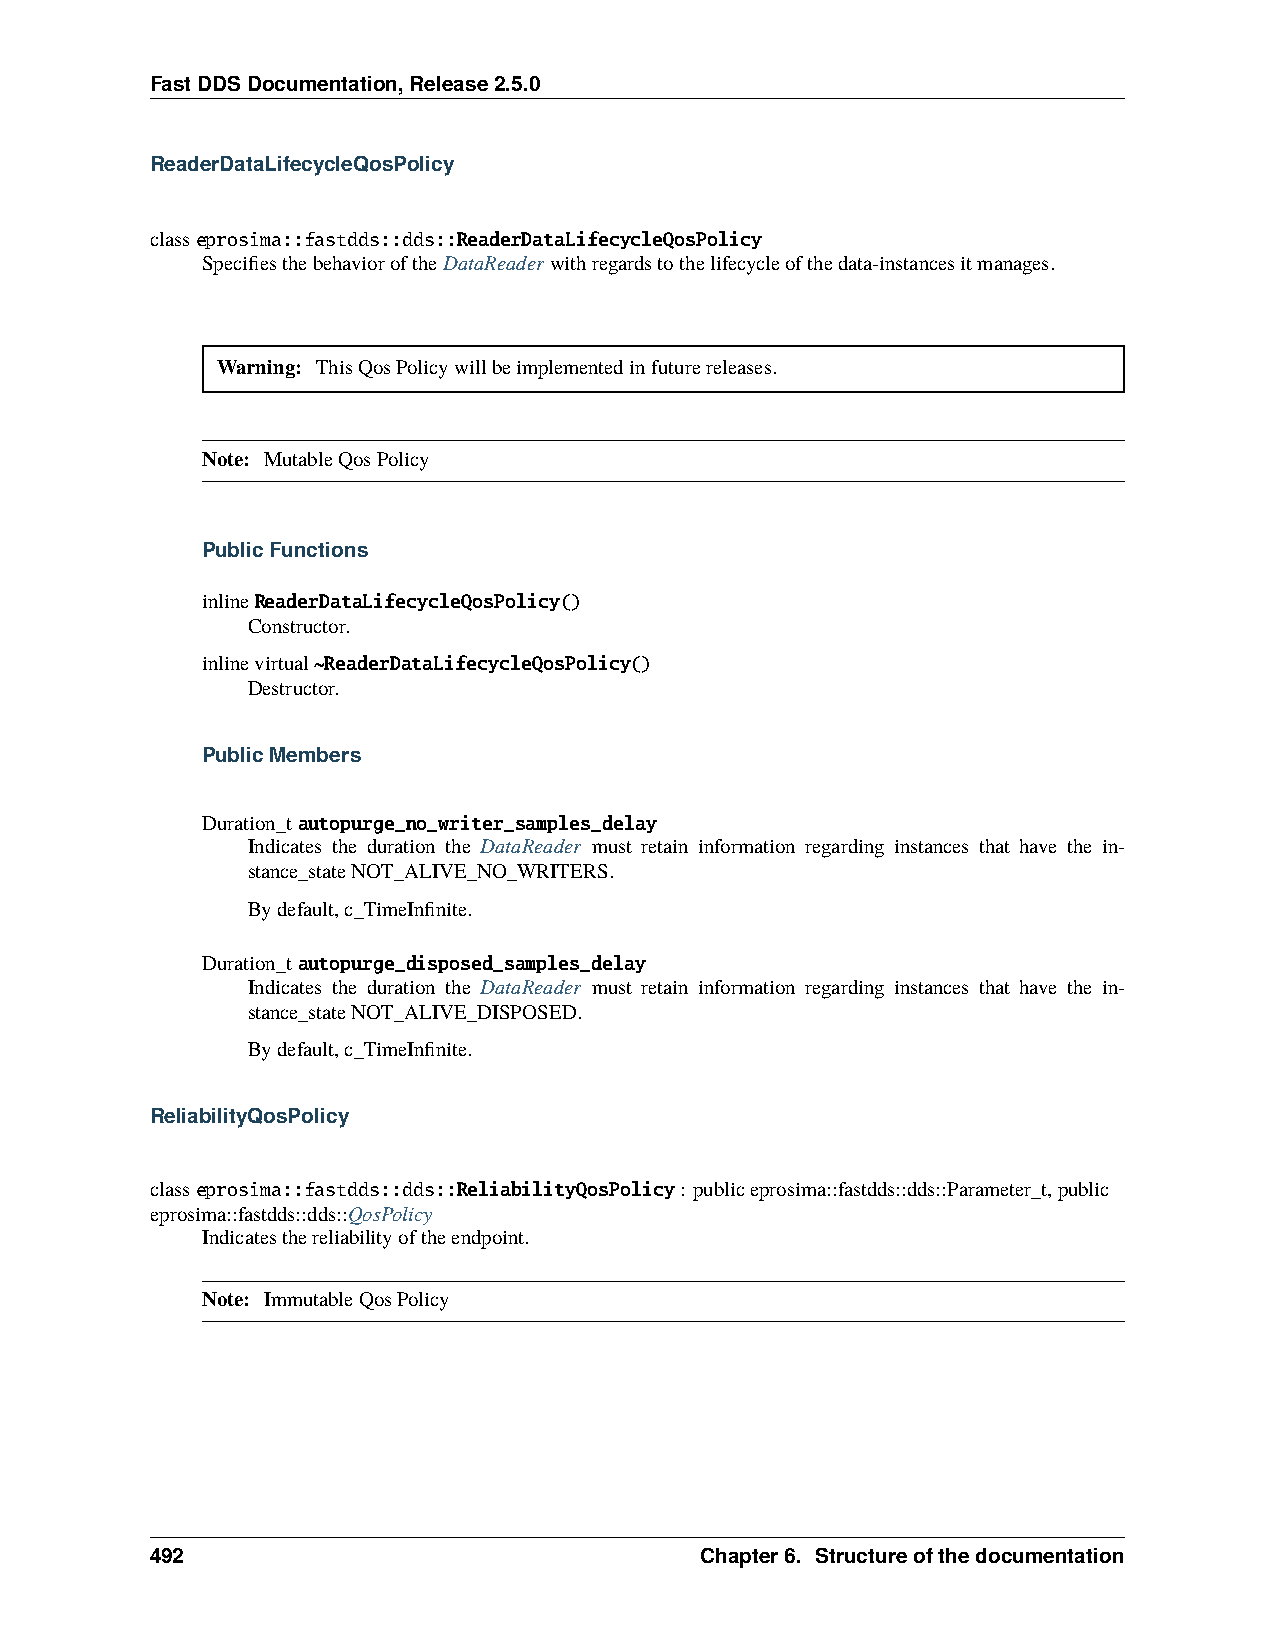
FastDDSDocumentation,Release2.5.0
 ReaderDataLifecycleQosPolicy
 classeprosima::fastdds::dds::ReaderDataLifecycleQosPolicy
 SpecifiesthebehavioroftheDataReaderwithregardstothelifecycleofthedata-instancesitmanages.
 Warning: ThisQosPolicywillbeimplementedinfuturereleases.
 Note: MutableQosPolicy
 PublicFunctions
 inlineReaderDataLifecycleQosPolicy()
 Constructor.
 inlinevirtual~ReaderDataLifecycleQosPolicy()
 Destructor.
 PublicMembers
 Duration_tautopurge_no_writer_samples_delay
 Indicates the duration the DataReader must retain information regarding instances that have the in-
 stance_stateNOT_ALIVE_NO_WRITERS.
 Bydefault,c_TimeInfinite.
 Duration_tautopurge_disposed_samples_delay
 Indicates the duration the DataReader must retain information regarding instances that have the in-
 stance_stateNOT_ALIVE_DISPOSED.
 Bydefault,c_TimeInfinite.
 ReliabilityQosPolicy
 classeprosima::fastdds::dds::ReliabilityQosPolicy: publiceprosima::fastdds::dds::Parameter_t,public
 eprosima::fastdds::dds::QosPolicy
 Indicatesthereliabilityoftheendpoint.
 Note: ImmutableQosPolicy
 492                                 Chapter6. Structureofthedocumentation